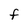
Character: f